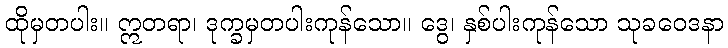
ထိုမှတပါး။ ဣတရာ၊ ဒုက္ခမှတပါးကုန်သော။ ဒွေ၊ နှစ်ပါးကုန်သော သုခဝေဒနာ